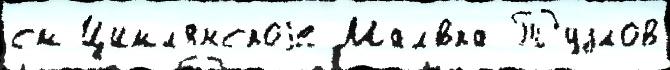
см Цимл'янскоjе Мал'́вка Тузлов